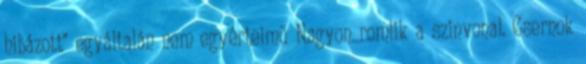
hibázott" egyáltalán nem egyértelmű Nagyon romlik a szinvonal. Csernok